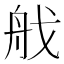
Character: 𦨜